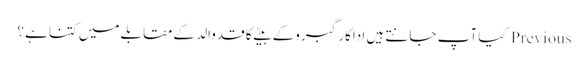
Previous کیا آپ جانتے ہیں اداکارگبروکے بیٹےکا قدوالد کےمقابلےمیں کتنا ہے؟